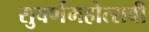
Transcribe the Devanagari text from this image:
सुवर्णमहोत्‍सवी